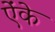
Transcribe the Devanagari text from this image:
ऐंके